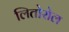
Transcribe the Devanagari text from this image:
लितोरोल